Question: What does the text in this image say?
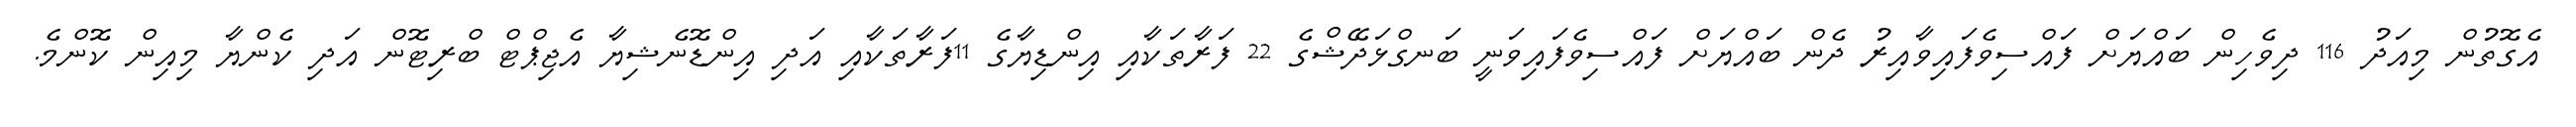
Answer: އެގޮތުން މިއަދު 116 ދިވެހިން ބައްޔަށް ފައްސިވެފައިވާއިރު ދެން ބައްޔަށް ފައްސިވެފައިވަނީ ބަނގްޅަދޭޝްގެ 22 ފަރާތަކާއި އިންޑިޔާގެ 11ފަރާތަކާއި އަދި އިންޑޮނެޝިޔާ އެޖިޕްޓް ބްރިޓޮން އަދި ކެންޔާ މިއިން ކޮންމެ.